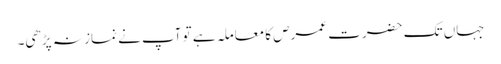
جہاں تک حضرت عمرص کا معاملہ ہے تو آپ نے نماز نہ پڑھی۔